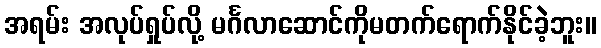
အရမ်း အလုပ်ရှုပ်လို့ မင်္ဂလာဆောင်ကိုမတက်ရောက်နိုင်ခဲ့ဘူး။